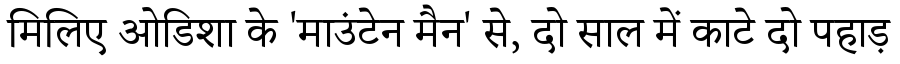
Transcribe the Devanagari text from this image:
मिलिए ओडिशा के 'माउंटेन मैन' से, दो साल में काटे दो पहाड़